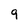
Character: 9